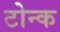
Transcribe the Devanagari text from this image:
टोन्क